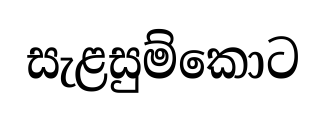
සැළසුම්කොට